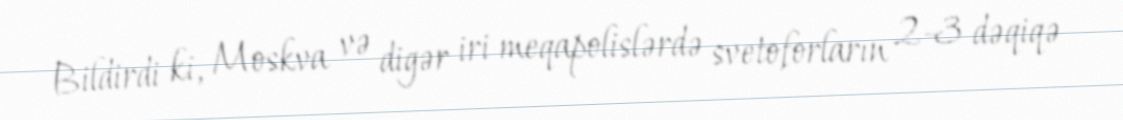
Bildirdi ki, Moskva və digər iri meqapolislərdə svetoforların 2-3 dəqiqə